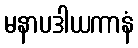
မနာပဒါယကာနံ